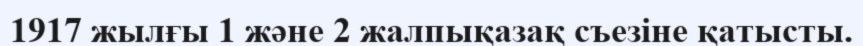
1917 жылғы 1 және 2 жалпықазақ съезіне қатысты.